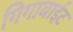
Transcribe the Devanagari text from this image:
गिगाबाईट